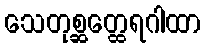
သေတုစ္ဆတ္ထေရဂါထာ